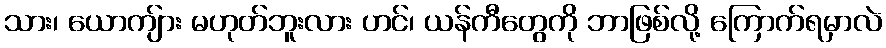
သား၊ ယောကျ်ား မဟုတ်ဘူးလား ဟင်၊ ယန်ကီတွေကို ဘာဖြစ်လို့ ကြောက်ရမှာလဲ